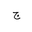
Letter: _gim